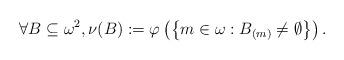
LaTeX: \begin{align*}\forall B\subseteq \omega^2,\nu(B):=\varphi\left(\left\{m \in \omega: B_{(m)} \neq \emptyset\right\}\right).\end{align*}